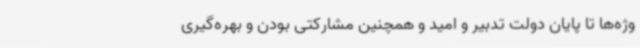
وژه‌ها تا پایان دولت تدبیر و امید و همچنین مشارکتی بودن و بهره‌گیری